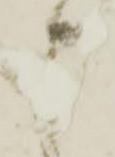
申